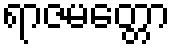
ရာဇမတ္တော